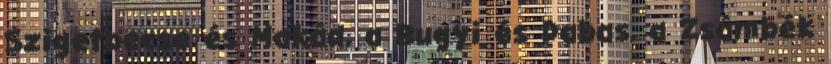
Szigetbecse és Makád, a Bugyi és Dabas, a Zsámbék